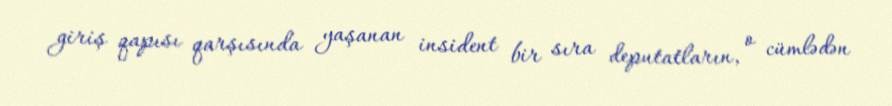
giriş qapısı qarşısında yaşanan insident bir sıra deputatların, o cümlədən